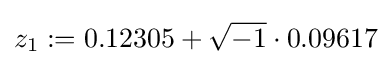
z_{1}:=0.12305+{\sqrt {-1}}\cdot 0.09617